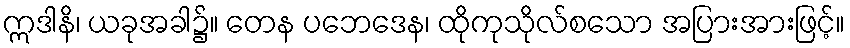
ဣဒါနိ၊ ယခုအခါ၌။ တေန ပဘေဒေန၊ ထိုကုသိုလ်စသော အပြားအားဖြင့်။